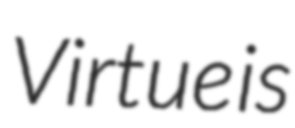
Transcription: Virtue is